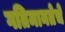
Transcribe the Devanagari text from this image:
गतिमानतेचे